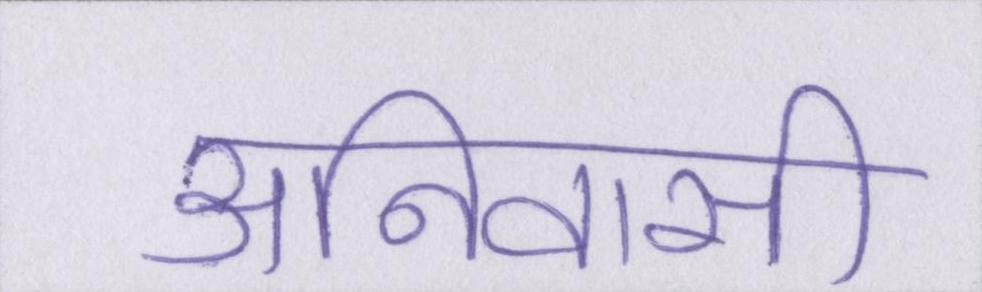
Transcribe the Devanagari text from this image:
अनिवासी